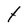
Character: t